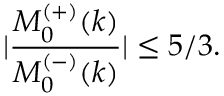
| \frac { M _ { 0 } ^ { ( + ) } ( k ) } { M _ { 0 } ^ { ( - ) } ( k ) } | \leq 5 / 3 .